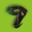
૧